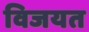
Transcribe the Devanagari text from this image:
विजयत